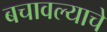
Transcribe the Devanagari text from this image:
बचावल्याचे